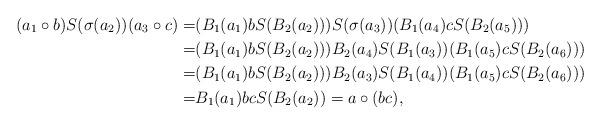
LaTeX: \begin{align*}(a_1\circ b)S(\sigma(a_2))(a_3\circ c)=&(B_1(a_1)bS(B_2(a_2)))S(\sigma(a_3))(B_1(a_4)cS(B_2(a_5)))\\=&(B_1(a_1)bS(B_2(a_2)))B_2(a_4)S(B_1(a_3))(B_1(a_5)cS(B_2(a_6)))\\=&(B_1(a_1)bS(B_2(a_2)))B_2(a_3)S(B_1(a_4))(B_1(a_5)cS(B_2(a_6)))\\=&B_1(a_1)bcS(B_2(a_2))=a\circ(bc),\end{align*}